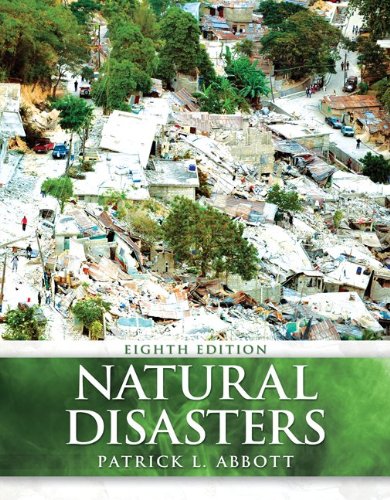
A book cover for Natural Disasters; Patrick Leon Abbott; Science & Math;